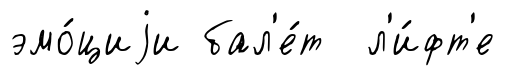
эмо́циjи бал'е́т л'и́фт'е